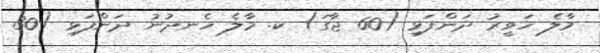
މާލެ ހަވީރު ދަންފަޅި (60 ޖާގަ) ކ. މާލެ ހެނދުނު ދަންފަޅި (30